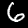
Digit: 6